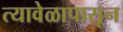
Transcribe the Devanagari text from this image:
त्यावेळापासून